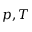
p , T